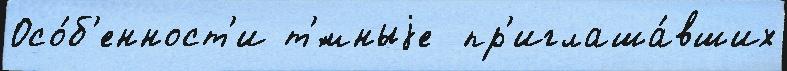
Осо́б'енност'и т'́мныjе  пр'иглаша́вших